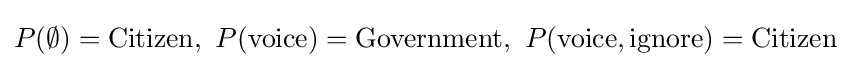
P(\emptyset )={\text{Citizen}},\ P({\text{voice}})={\text{Government}},\ P({\text{voice}},{\text{ignore}})={\text{Citizen}}